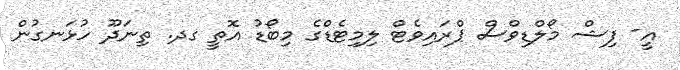
އީ- ފިޝް މޯލްޑިވްސް ޕްރައިވެޓް ލިމިޓެޑްގެ މިބޯޑު އޮތީ ގދ. ތިނަދޫ ހުޅަނގުން